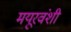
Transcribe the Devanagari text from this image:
मयूरवंशी